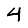
Digit: 4